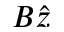
B \hat { z }